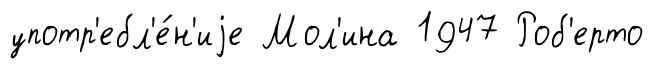
употр'ебл'е́н'иjе Мол'ина 1947 Роб'ерто